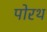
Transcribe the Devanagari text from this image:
पोरथ